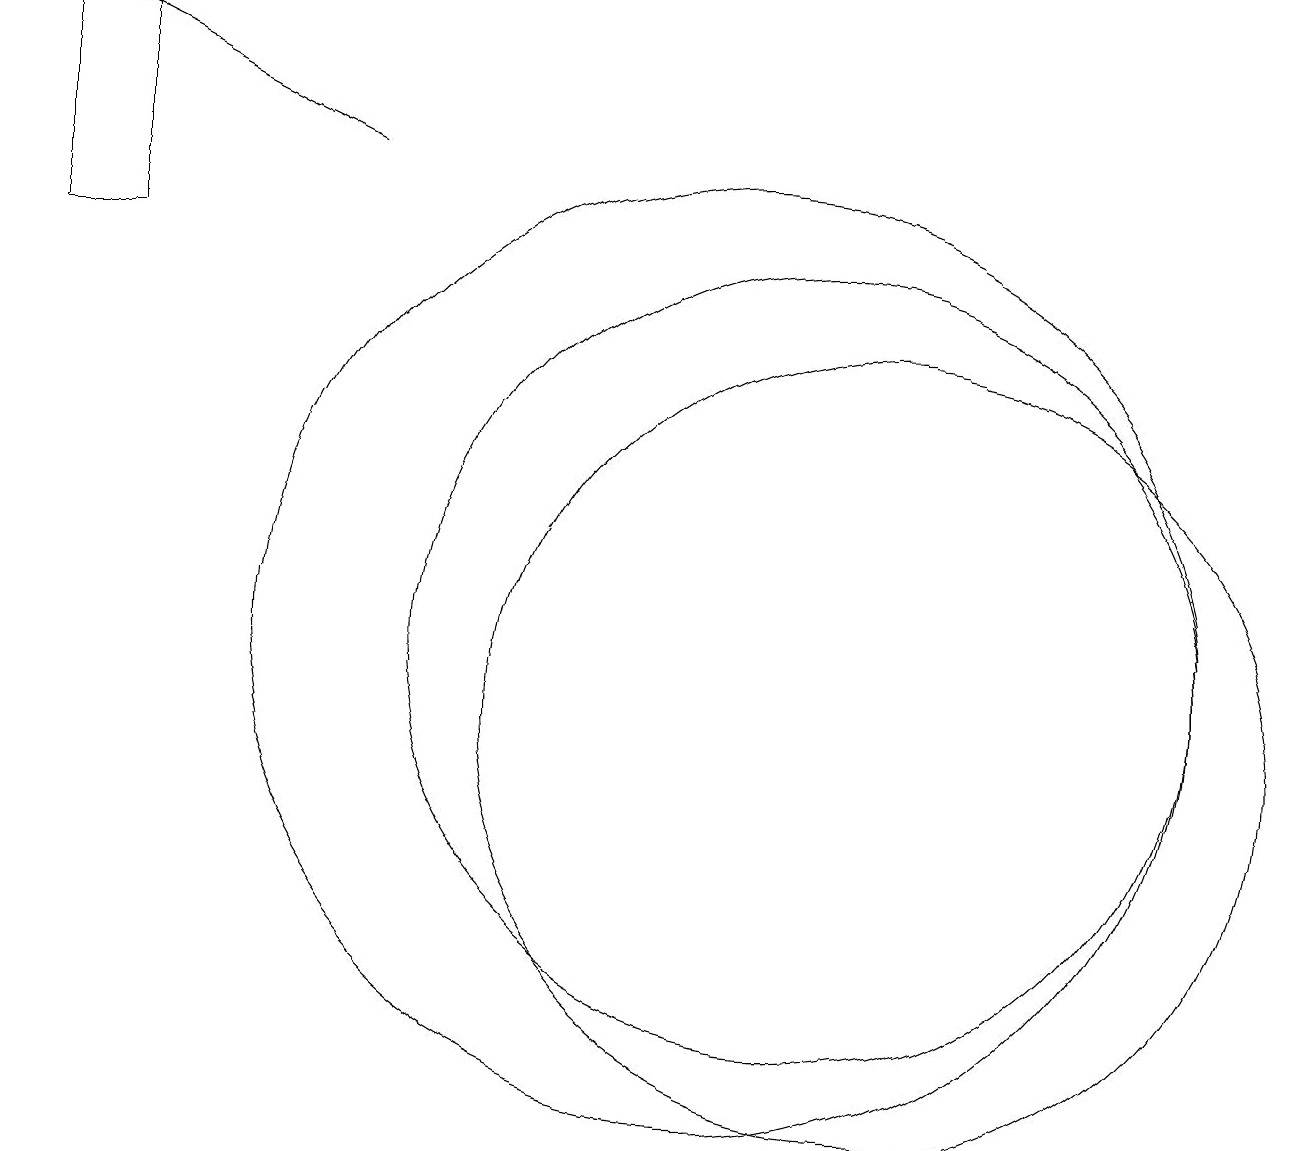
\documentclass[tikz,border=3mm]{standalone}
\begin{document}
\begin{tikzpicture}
\draw (2,19) rectangle (1,16);
\draw (12,10) circle (5);
\draw (11,11) circle (5);
\draw[->] (5,17) -- (1,19);
\draw (10,11) circle (6);
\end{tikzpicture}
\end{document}